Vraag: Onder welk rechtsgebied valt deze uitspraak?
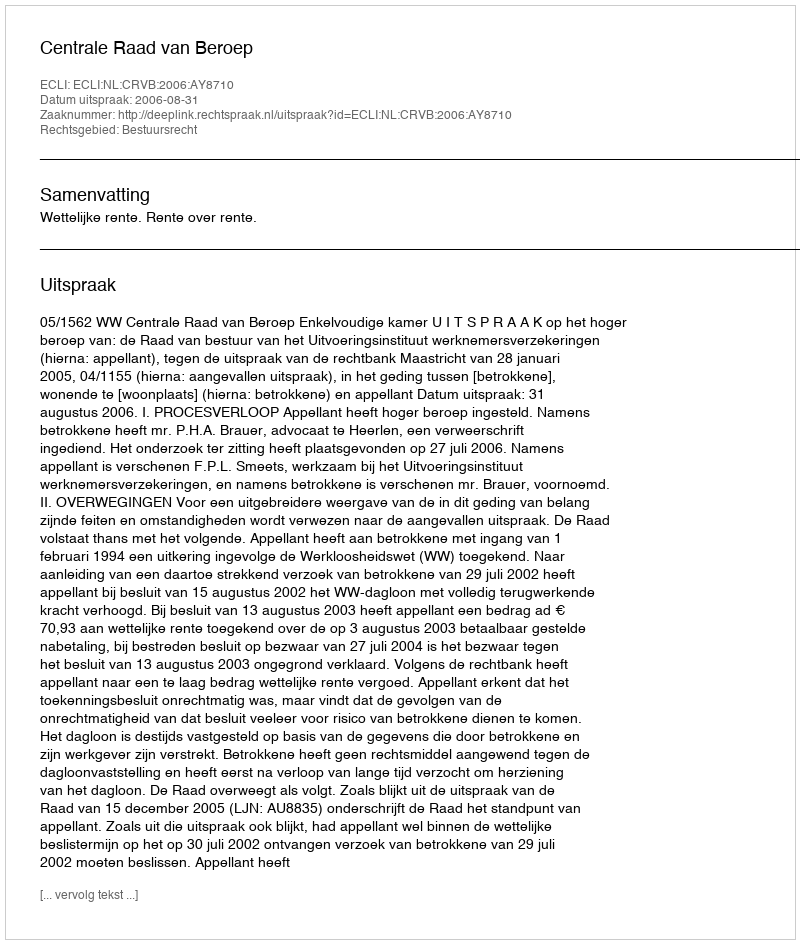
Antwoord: Bestuursrecht